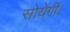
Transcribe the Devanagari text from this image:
सोयेंगीं।